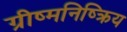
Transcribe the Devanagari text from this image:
ग्रीष्मनिष्क्रिय